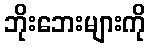
ဘိုးဘေးများကို